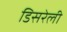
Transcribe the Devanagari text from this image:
डिसरेली